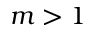
m > 1